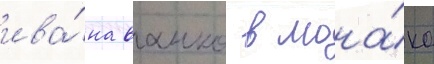
ива́на ванко в мона́ко